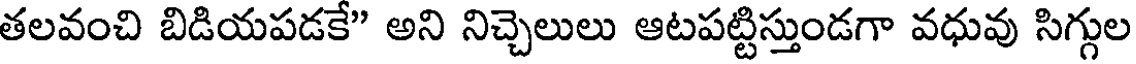
తలవంచి బిడియపడకే" అని నిచ్చెలులు ఆటపట్టిస్తుండగా వధువు సిగ్గుల